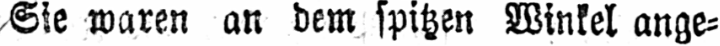
Sie waren an dem spitzen Winkel ange⸗